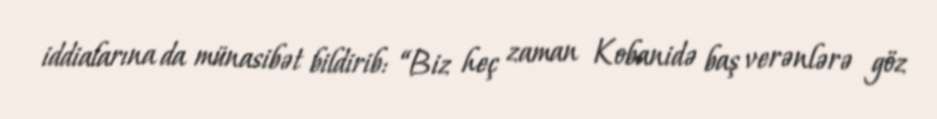
iddialarına da münasibət bildirib: “Biz heç zaman Kobanidə baş verənlərə göz